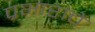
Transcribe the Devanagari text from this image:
प्रभारांचे